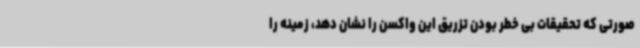
صورتی که تحقیقات بی خطر بودن تزریق این واکسن را نشان دهد، زمینه را